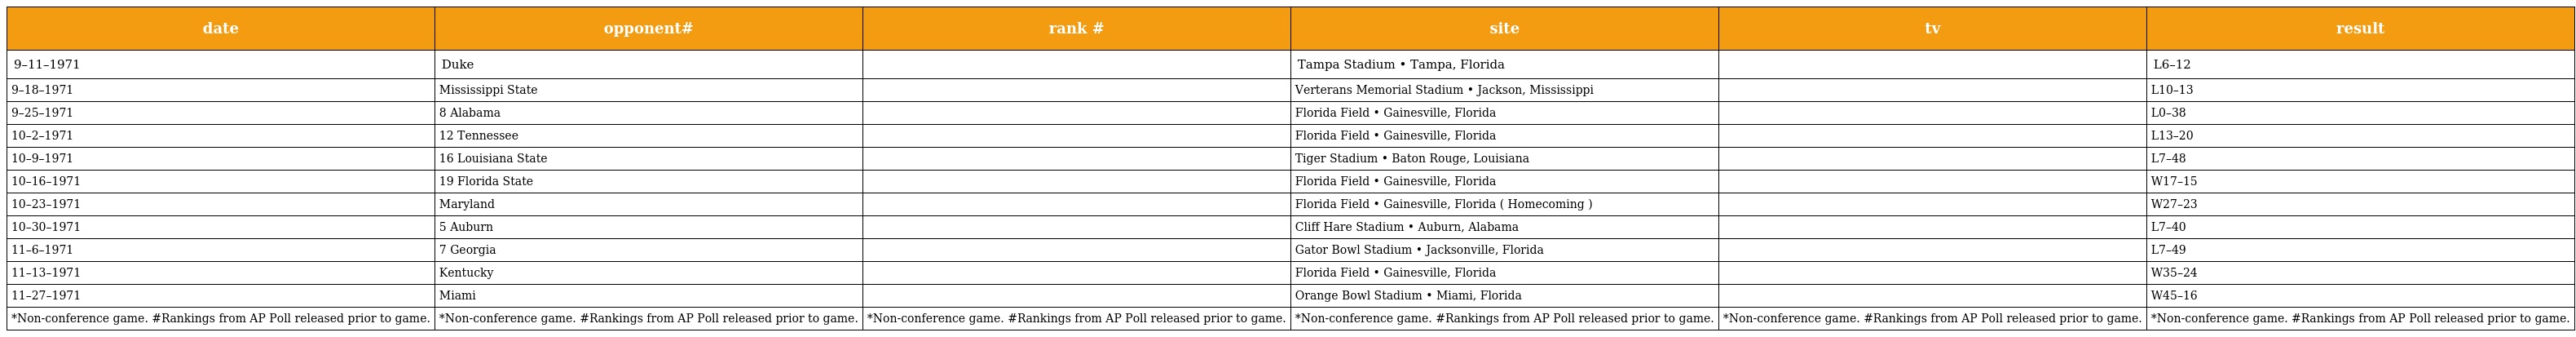
| date | opponent# | rank # | site | tv | result |
 | --- | --- | --- | --- | --- | --- |
 | 9–11–1971 | Duke |  | Tampa Stadium • Tampa, Florida |  | L6–12 |
 | 9–18–1971 | Mississippi State |  | Verterans Memorial Stadium • Jackson, Mississippi |  | L10–13 |
 | 9–25–1971 | 8 Alabama |  | Florida Field • Gainesville, Florida |  | L0–38 |
 | 10–2–1971 | 12 Tennessee |  | Florida Field • Gainesville, Florida |  | L13–20 |
 | 10–9–1971 | 16 Louisiana State |  | Tiger Stadium • Baton Rouge, Louisiana |  | L7–48 |
 | 10–16–1971 | 19 Florida State |  | Florida Field • Gainesville, Florida |  | W17–15 |
 | 10–23–1971 | Maryland |  | Florida Field • Gainesville, Florida ( Homecoming ) |  | W27–23 |
 | 10–30–1971 | 5 Auburn |  | Cliff Hare Stadium • Auburn, Alabama |  | L7–40 |
 | 11–6–1971 | 7 Georgia |  | Gator Bowl Stadium • Jacksonville, Florida |  | L7–49 |
 | 11–13–1971 | Kentucky |  | Florida Field • Gainesville, Florida |  | W35–24 |
 | 11–27–1971 | Miami |  | Orange Bowl Stadium • Miami, Florida |  | W45–16 |
 | *Non-conference game. #Rankings from AP Poll released prior to game. | *Non-conference game. #Rankings from AP Poll released prior to game. | *Non-conference game. #Rankings from AP Poll released prior to game. | *Non-conference game. #Rankings from AP Poll released prior to game. | *Non-conference game. #Rankings from AP Poll released prior to game. | *Non-conference game. #Rankings from AP Poll released prior to game. |